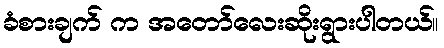
ခံစားချက် က အတော်လေးဆိုးရွားပါတယ်။